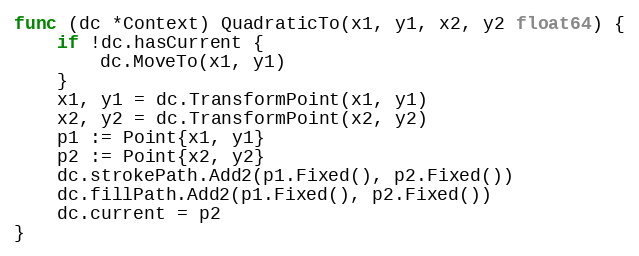
Language: Go
func (dc *Context) QuadraticTo(x1, y1, x2, y2 float64) {
	if !dc.hasCurrent {
		dc.MoveTo(x1, y1)
	}
	x1, y1 = dc.TransformPoint(x1, y1)
	x2, y2 = dc.TransformPoint(x2, y2)
	p1 := Point{x1, y1}
	p2 := Point{x2, y2}
	dc.strokePath.Add2(p1.Fixed(), p2.Fixed())
	dc.fillPath.Add2(p1.Fixed(), p2.Fixed())
	dc.current = p2
}